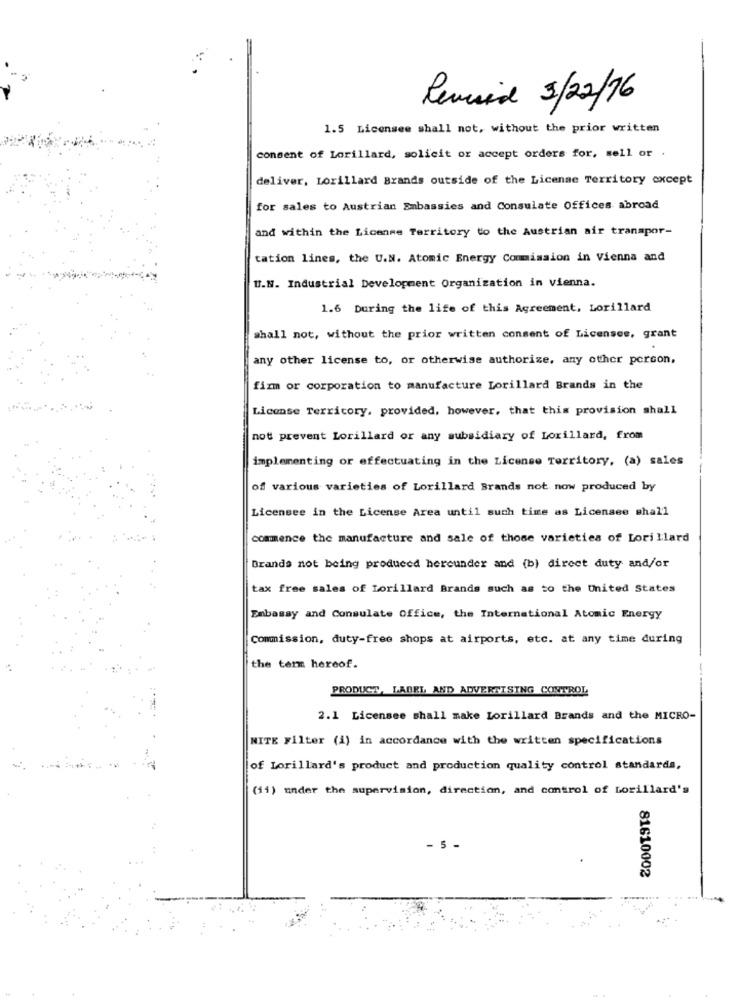
Pevunid 3/22/16
1.5 Licensee shall not, without the prior written
consent of Lorillard, solicit or accept orders for, sell or .
deliver, Lorillard Brands outside of the License Territory except
for sales to Austrian Embassies and Consulate Offices abroad
and within the License Territory to the Austrian air transpor-
tation lines, the U.N. Atomic Energy Commission in Vienna and
U.N. Industrial Development Organization in vienna.
1.6 During the life of this Agreement, Lorillard
shall not, without the prior written consent of Licenses, grant
any other license to, or otherwise authorize, any other person.
firm or corporation to manufacture Lorillard Brands in the
License Terricory, provided, however, that this provision shall
not prevent Lorillard or any subsidiary of Loxillard, from
implementing or effectuating in the License Territory, (a) sales
of various varieties of Lorillard Brands not now produced by
Licensee in the License Area until such time as Licensee shall
commence the manufacture and sale of those varieties of Lorillard
Brands not being produced hereunder and (b) direct duty and/or
tax free sales of Lorillard Brands such as to the United States
Embassy and Consulate Office, the International Atomic Energy
Commission, duty-free shops at airports, etc. at any time during
the term hereof.
PRODUCT, LABEL, AND ADVERTISING CONTROL
2.1 Licensee shall make Lorillard Brands and the MICRO-
NITE Filter (i) in accordance with the written specifications
of Lorillard's product and production quality control standards,
(11) under the supervision, direction, and control of Lorillard's
5 -
81610002